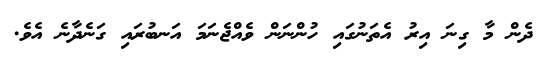
ދެން މާ ގިނަ އިރު އެތަނުގައި ހުންނަން ވެއްޖެނަމަ އަނބުރައި ގަނެދާނެ އެވެ.